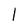
Character: l